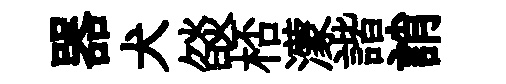
器犬燄桮濛諧誚